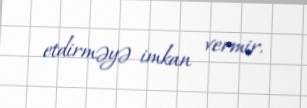
etdirməyə imkan vermir.